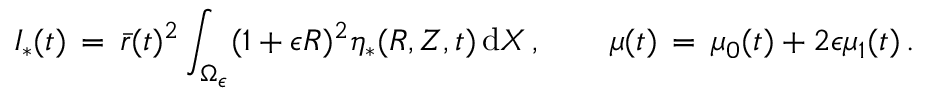
I _ { * } ( t ) \, = \, \bar { r } ( t ) ^ { 2 } \int _ { \Omega _ { \epsilon } } ( 1 + \epsilon R ) ^ { 2 } \eta _ { * } ( R , Z , t ) \, \mathrm { d } X \, , \qquad \mu ( t ) \, = \, \mu _ { 0 } ( t ) + 2 \epsilon \mu _ { 1 } ( t ) \, .